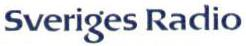
Sveriges Radio